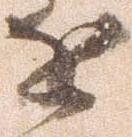
近